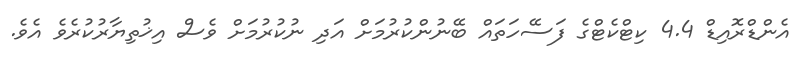
އެންޑްރޮއިޑް 4.4 ކިޓްކެޓްގެ ފަސޭހަތައް ބޭނުންކުރުމަށް އަދި ނުކުރުމަށް ވެސް އިޚުތިޔާރުކުރެވެ އެވެ.